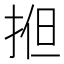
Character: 𢭱